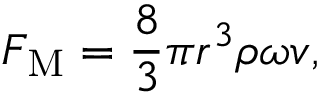
F _ { \mathrm { M } } = { \frac { 8 } { 3 } } \pi r ^ { 3 } \rho \omega v ,